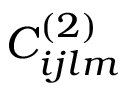
C _ { i j l m } ^ { ( 2 ) }